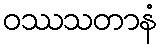
ဝဿသတာနံ